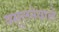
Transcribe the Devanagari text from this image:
वसूलनेवाले